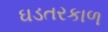
ઘડતરકાળ